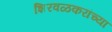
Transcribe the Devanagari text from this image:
शिरवळकरांच्या